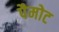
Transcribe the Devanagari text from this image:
पैमोट